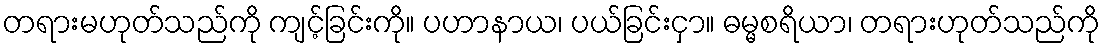
တရားမဟုတ်သည်ကို ကျင့်ခြင်းကို။ ပဟာနာယ၊ ပယ်ခြင်းငှာ။ ဓမ္မစရိယာ၊ တရားဟုတ်သည်ကို